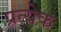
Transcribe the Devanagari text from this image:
प्रत्येेक